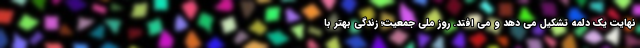
نهایت یک دلمه تشکیل می دهد و می افتد. روز ملی جمعیت؛ زندگی بهتر با